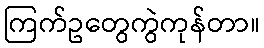
ကြက်ဥတွေကွဲကုန်တာ။